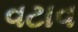
વટાવ